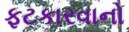
ફટકારવાનો